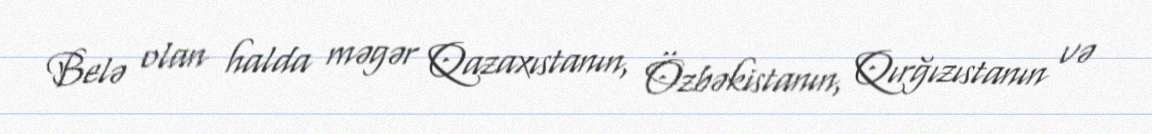
Belə olan halda məgər Qazaxıstanın, Özbəkistanın, Qırğızıstanın və